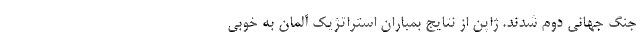
جنگ جهانی دوم شدند. ژاپن از نتایج بمباران استراتژیک آلمان به خوبی